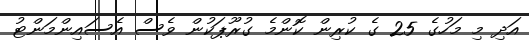
އަދި މި މަހުގެ 25 ގެ ކުރިން ކޮންމެ ގުރޫޕަކުން ވެސް އެސައިންމަންޓު